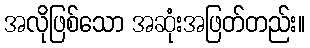
အလိုဖြစ်သော အဆုံးအဖြတ်တည်း။